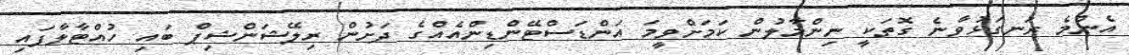
އެންމެ ރަނގަޅުވާނެ ގޮތަކީ ނިންމާލުން ކަމަށްވީމަ އަންޑަސްޓޭންޑިންއެއްގެ ދަށުން ރިލޭޝަންޝިޕް ބައި ހުއްޓާލާފައި